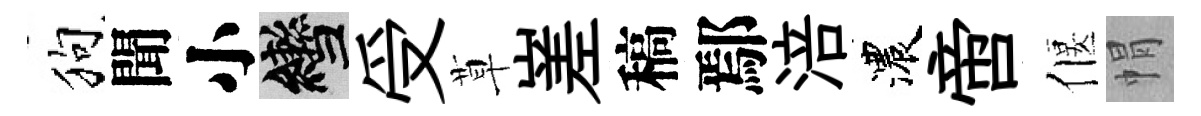
狗聞小轡受草嵳稿鄢涪濃啻偃㡌